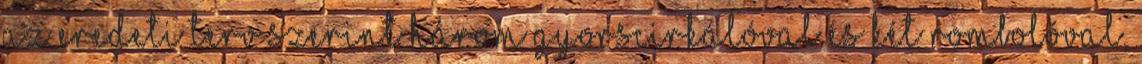
az eredeti terv szerint három gyorscirkálóval és két rombolóval,